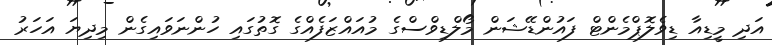
އަދި މީޑިއާ ޑިވެލޮޕްމެންޓް ފައުންޑޭޝަން މޯލްޑިވްސްގެ މުއައްޒަފެއްގެ ގޮތުގައި ހުންނަވައިގެން މިދިޔަ އަހަރު